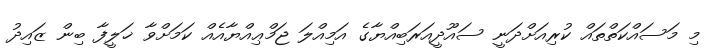
މި މަސައްކަތްތައް ކުރިއަށްދަނީ ސައޫދީއަރަބިއްޔާގެ އަމިއްލަ ޖަމްޢިއްޔާއެއް ކަމަށްވާ ޚަލީފާ ބިން ޒައިދު